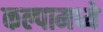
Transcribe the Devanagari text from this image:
कल्पामध्ये